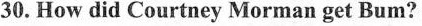
30.How did Courtney Morman get Bum?